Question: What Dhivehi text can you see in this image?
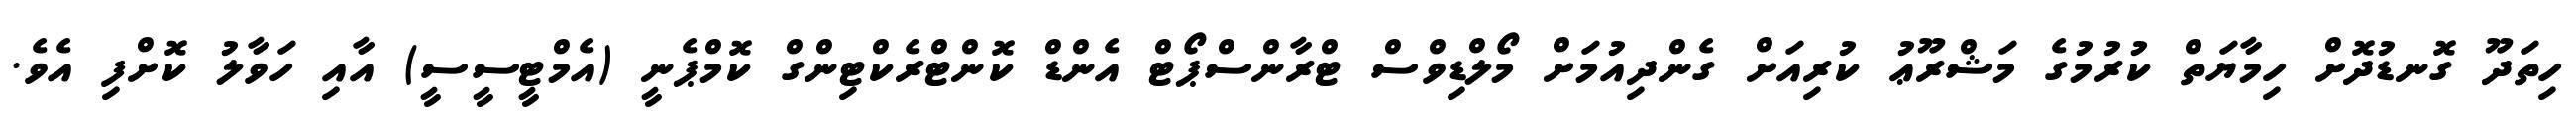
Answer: ހިތަދޫ ގޮނޑުދޮށް ހިމާޔަތް ކުރުމުގެ މަޝްރޫޢު ކުރިއަށް ގެންދިއުމަށް މޯލްޑިވްސް ޓްރާންސްޕޯޓް އެންޑް ކޮންޓްރެކްޓިންގް ކޮމްޕެނީ (އެމްޓީސީސީ) އާއި ހަވާލު ކޮށްފި އެވެ.